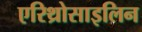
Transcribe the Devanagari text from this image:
एरिथ्रोसाइलिन